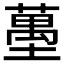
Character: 𰊶